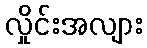
လှိုင်းအလျား